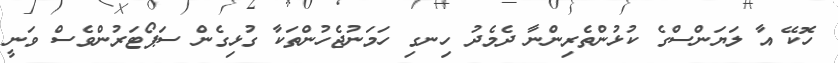
ހޮކޭ އާ ލަޔަންސްގެ ކުޅުންތެރިންނާ ދެމެދު ހިނގި ހަމަނުޖެހުންތަކާ ގުޅިގެން ސަޕޯޓަރުންވެސް ވަނީ